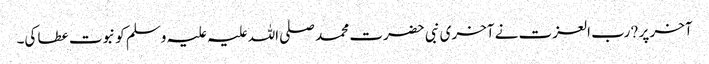
آخر پر ?رب العزت نے آخری نبی حضرت محمد صلی اللہ علیہ علیہ وسلم کو نبوت عطا کی۔